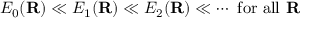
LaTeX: E _ { 0 } ( \mathbf { R } ) \ll E _ { 1 } ( \mathbf { R } ) \ll E _ { 2 } ( \mathbf { R } ) \ll \cdots { \mathrm { ~ f o r ~ a l l ~ } } \mathbf { R }